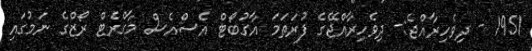
1951 - ދިވެހިރާއްޖެ:- ދިވެހިރާއްޖޭގެ ފުރަތަމަ އާގުބޯޓް އެސްއެސް މާގްރެޓް ރޯޒްގެ ނަމުގައި